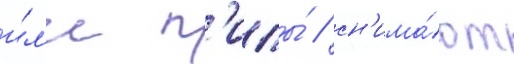
и́л'и п'илы́ / сн'има́ют